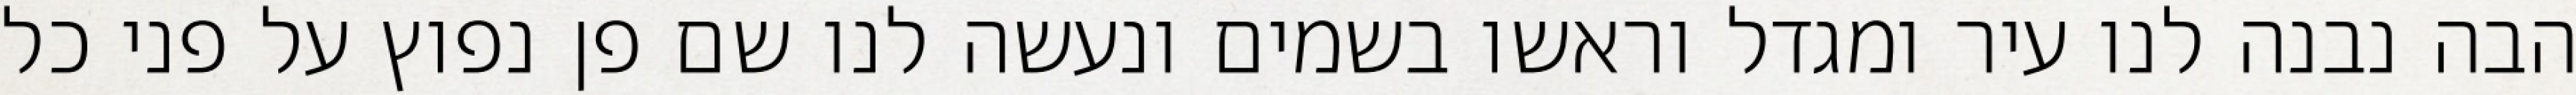
הבה נבנה לנו עיר ומגדל וראשו בשמים ונעשה לנו שם פן נפוץ על פני כל